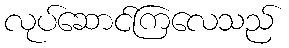
လုပ်ဆောင်ကြလေသည်